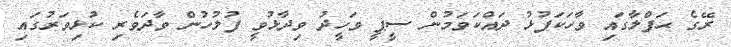
ރޭގެ ޙަފްލާގައި ވާހަކަފުޅު ދައްކަވަމުން ސީޕީ ވަހީދު ވިދާޅުވީ ފުލުހުން ވާދަވެރި ކުޅިވަރުގައި